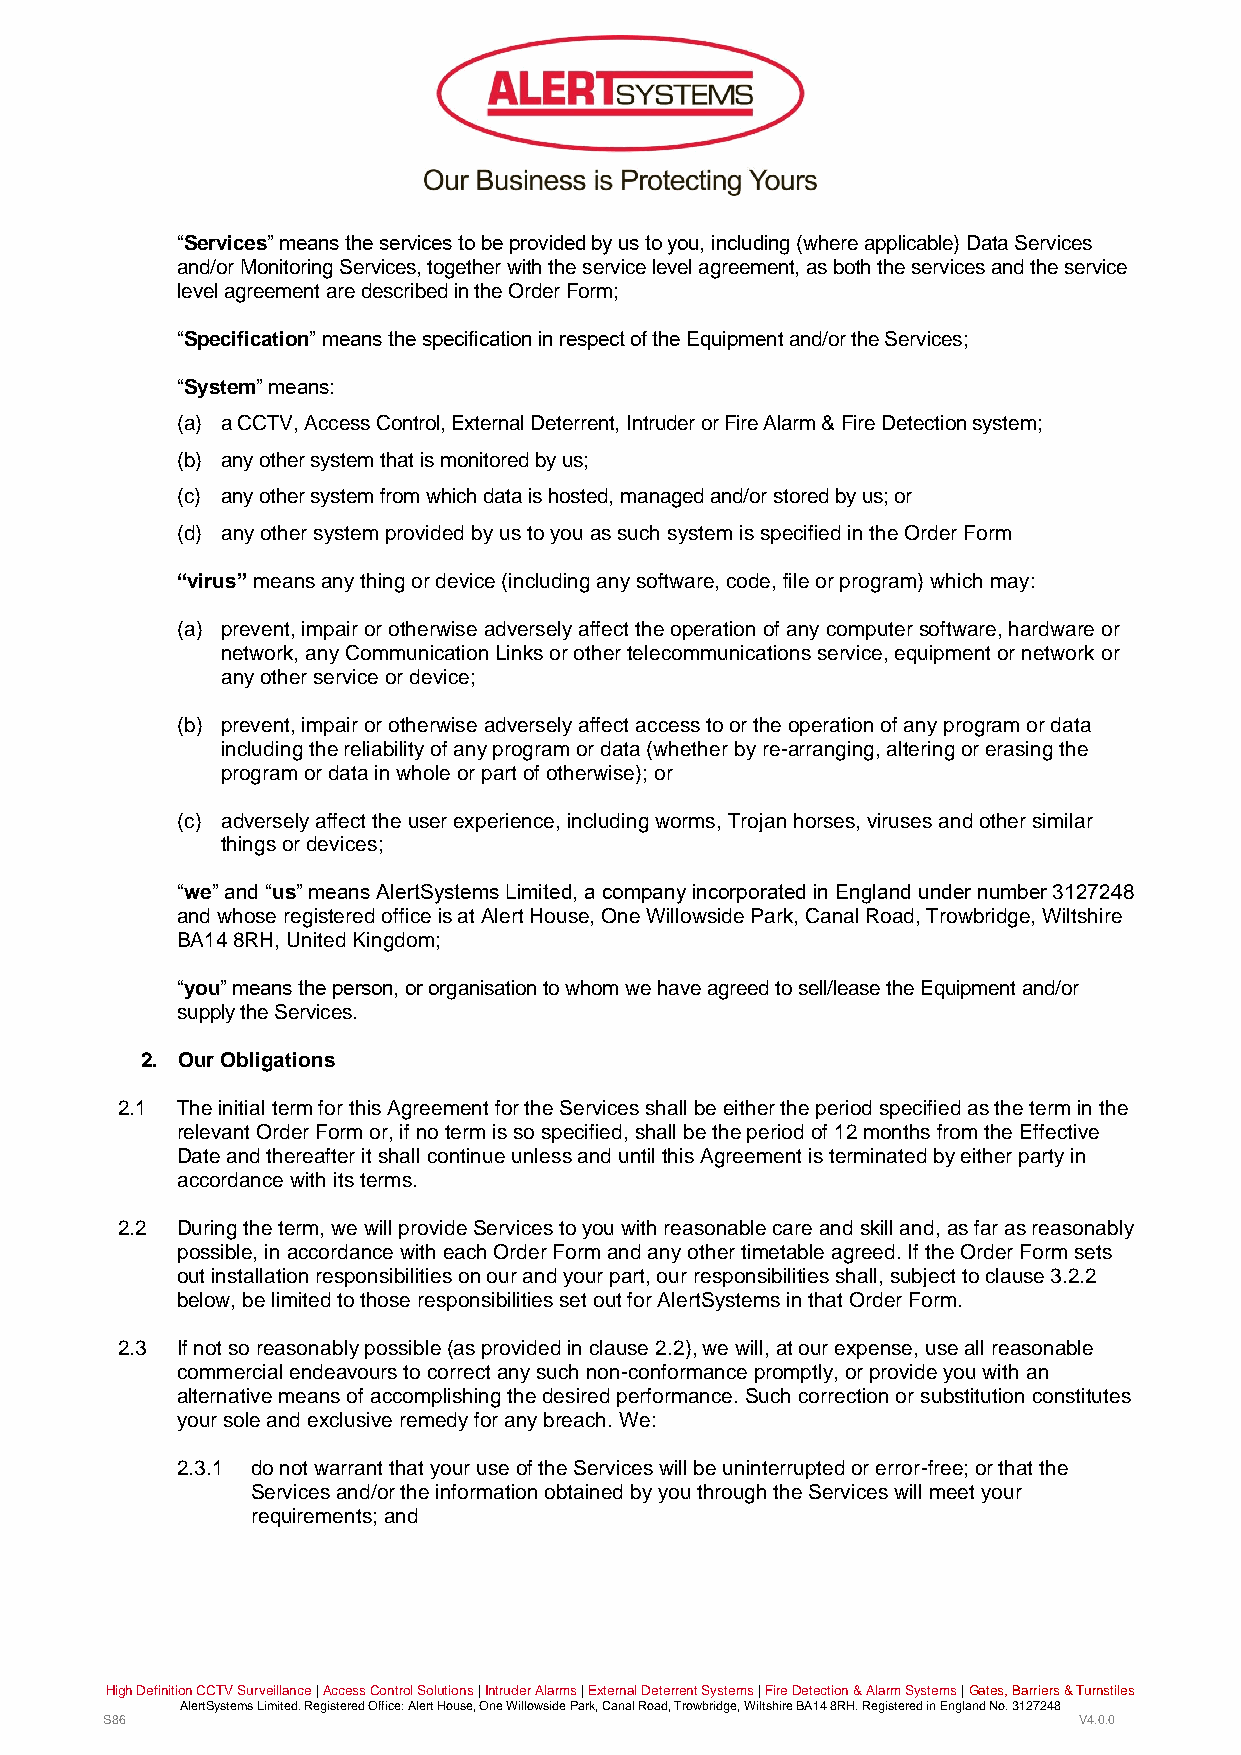
“Services” means the services to be provided by us to you, including (where applicable) Data Services
 and/or Monitoring Services, together with the service level agreement, as both the services and the service
 level agreement are described in the Order Form;
 “Specification” means the specification in respect of the Equipment and/or the Services;
 “System” means:
 (a) a CCTV, Access Control, External Deterrent, Intruder or Fire Alarm & Fire Detection system;
 (b) any other system that is monitored by us;
 (c) any other system from which data is hosted, managed and/or stored by us; or
 (d) any other system provided by us to you as such system is specified in the Order Form
 “virus” means any thing or device (including any software, code, file or program) which may:
 (a) prevent, impair or otherwise adversely affect the operation of any computer software, hardware or
 network, any Communication Links or other telecommunications service, equipment or network or
 any other service or device;
 (b) prevent, impair or otherwise adversely affect access to or the operation of any program or data
 including the reliability of any program or data (whether by re-arranging, altering or erasing the
 program or data in whole or part of otherwise); or
 (c) adversely affect the user experience, including worms, Trojan horses, viruses and other similar
 things or devices;
 “we” and “us” means AlertSystems Limited, a company incorporated in England under number 3127248
 and whose registered office is at Alert House, One Willowside Park, Canal Road, Trowbridge, Wiltshire
 BA14 8RH, United Kingdom;
 “you” means the person, or organisation to whom we have agreed to sell/lease the Equipment and/or
 supply the Services.
 2. Our Obligations
 2.1 The initial term for this Agreement for the Services shall be either the period specified as the term in the
 relevant Order Form or, if no term is so specified, shall be the period of 12 months from the Effective
 Date and thereafter it shall continue unless and until this Agreement is terminated by either party in
 accordance with its terms.
 2.2 During the term, we will provide Services to you with reasonable care and skill and, as far as reasonably
 possible, in accordance with each Order Form and any other timetable agreed. If the Order Form sets
 out installation responsibilities on our and your part, our responsibilities shall, subject to clause 3.2.2
 below, be limited to those responsibilities set out for AlertSystems in that Order Form.
 2.3 If not so reasonably possible (as provided in clause 2.2), we will, at our expense, use all reasonable
 commercial endeavours to correct any such non-conformance promptly, or provide you with an
 alternative means of accomplishing the desired performance. Such correction or substitution constitutes
 your sole and exclusive remedy for any breach. We:
 2.3.1 do not warrant that your use of the Services will be uninterrupted or error-free; or that the
 Services and/or the information obtained by you through the Services will meet your
 requirements; and
 High Definition CCTV Surveillance | Access Control Solutions | Intruder Alarms | External Deterrent Systems | Fire Detection & Alarm Systems | Gates, Barriers & Turnstiles
 AlertSystems Limited. Registered Office: Alert House, One Willowside Park, Canal Road, Trowbridge, Wiltshire BA14 8RH. Registered in England No. 3127248
 S86                                                             V4.0.0